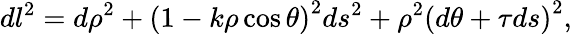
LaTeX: dl^{2}=d\rho^{2}+\left(1-k\rho\cos\theta\right)^{2}ds^{2}+\rho^{2}\left(d\theta+\tau ds\right)^{2},